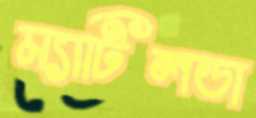
ম্যাটিলডা